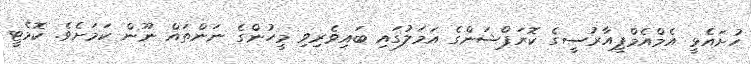
ހުށައެޅީ އެމްއެމްޕީއާރުސީގެ ކޮރަޕްޝަންގެ އަމަލުގައި ބައިވެރިވި މީހުންގެ ނަންތައް ނޫން ކަމަށެވެ. ކޮމެޓީ